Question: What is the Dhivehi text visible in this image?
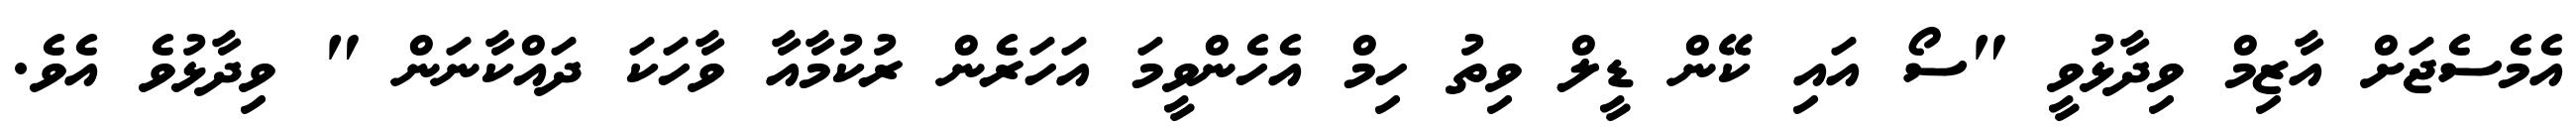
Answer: އެމެސެޖަށް އާޒިމް ވިދާޅުވީ "ސޯ އައި ކޭން ޑީލް ވިތު ހިމް އެހެންވީމަ އަހަރެން ރުކުމާއާ ވާހަކަ ދައްކާނަން " ވިދާޅުވެ އެވެ.